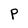
Character: P